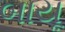
બાયૂ